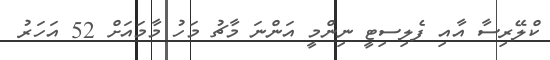
ކްލޭރިސާ އާއި ފެލިސިޓީ ނިންމީ އަންނަ މާޗު މަހު މާމައަށް 52 އަހަރު